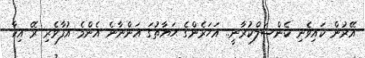
އޭރުން ކައިވެނި ކެންސަލްކުރާނީ.. އަހަރެންގެ ޙަޔާތުގަ އަންނާނެ އެންމެ އުފާވެރި ރޭ އިކާ